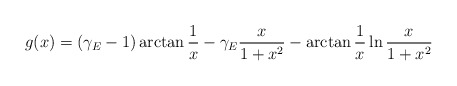
\begin{align*}g(x) = (\gamma _{E} - 1) \arctan \frac{1}{x} - \gamma _{E} \frac{x}{1+x ^2} - \arctan \frac{1}{x} \ln \frac{x}{1+x ^2}\end{align*}